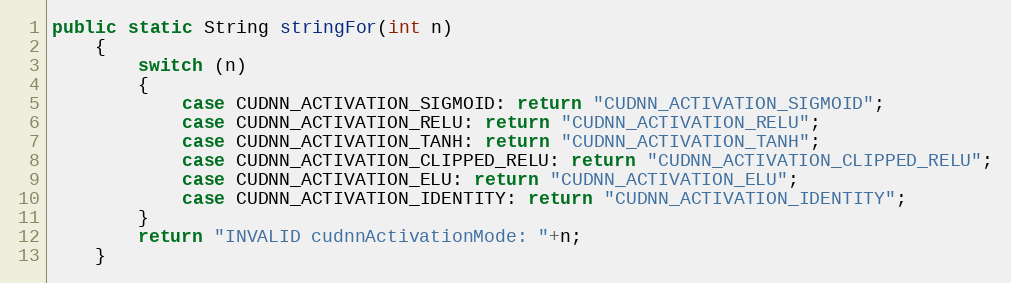
Language: Java
public static String stringFor(int n)
    {
        switch (n)
        {
            case CUDNN_ACTIVATION_SIGMOID: return "CUDNN_ACTIVATION_SIGMOID";
            case CUDNN_ACTIVATION_RELU: return "CUDNN_ACTIVATION_RELU";
            case CUDNN_ACTIVATION_TANH: return "CUDNN_ACTIVATION_TANH";
            case CUDNN_ACTIVATION_CLIPPED_RELU: return "CUDNN_ACTIVATION_CLIPPED_RELU";
            case CUDNN_ACTIVATION_ELU: return "CUDNN_ACTIVATION_ELU";
            case CUDNN_ACTIVATION_IDENTITY: return "CUDNN_ACTIVATION_IDENTITY";
        }
        return "INVALID cudnnActivationMode: "+n;
    }